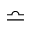
\bumpeq